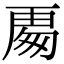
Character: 𭅍